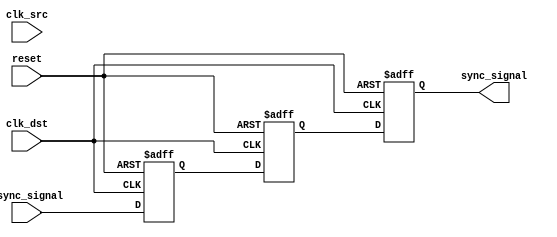
module pulsed_synchronizer (
    input wire clk_src,          // Source clock
    input wire clk_dst,          // Destination clock
    input wire async_signal,      // Asynchronous input signal
    input wire reset,            // Asynchronous reset signal
    output reg sync_signal        // Synchronized output signal
);

    // Internal signals for the two flip-flops
    reg ff1_out;                // Output of the first flip-flop
    reg ff2_out;                // Output of the second flip-flop

    // First flip-flop: samples async_signal on clk_dst
    always @(posedge clk_dst or posedge reset) begin
        if (reset) begin
            ff1_out <= 1'b0;    // Reset FF1 output
        end else begin
            ff1_out <= async_signal; // Sample async_signal
        end
    end

    // Second flip-flop: samples output of FF1 on clk_dst
    always @(posedge clk_dst or posedge reset) begin
        if (reset) begin
            ff2_out <= 1'b0;    // Reset FF2 output
        end else begin
            ff2_out <= ff1_out;  // Sample output of FF1
        end
    end

    // Output sync_signal is taken from the second flip-flop
    always @(posedge clk_dst or posedge reset) begin
        if (reset) begin
            sync_signal <= 1'b0; // Reset sync_signal
        end else begin
            sync_signal <= ff2_out; // Output synchronized signal
        end
    end

endmodule